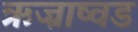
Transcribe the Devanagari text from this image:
ऋज्राष्वड